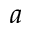
a